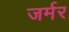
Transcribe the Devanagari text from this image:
जर्मर